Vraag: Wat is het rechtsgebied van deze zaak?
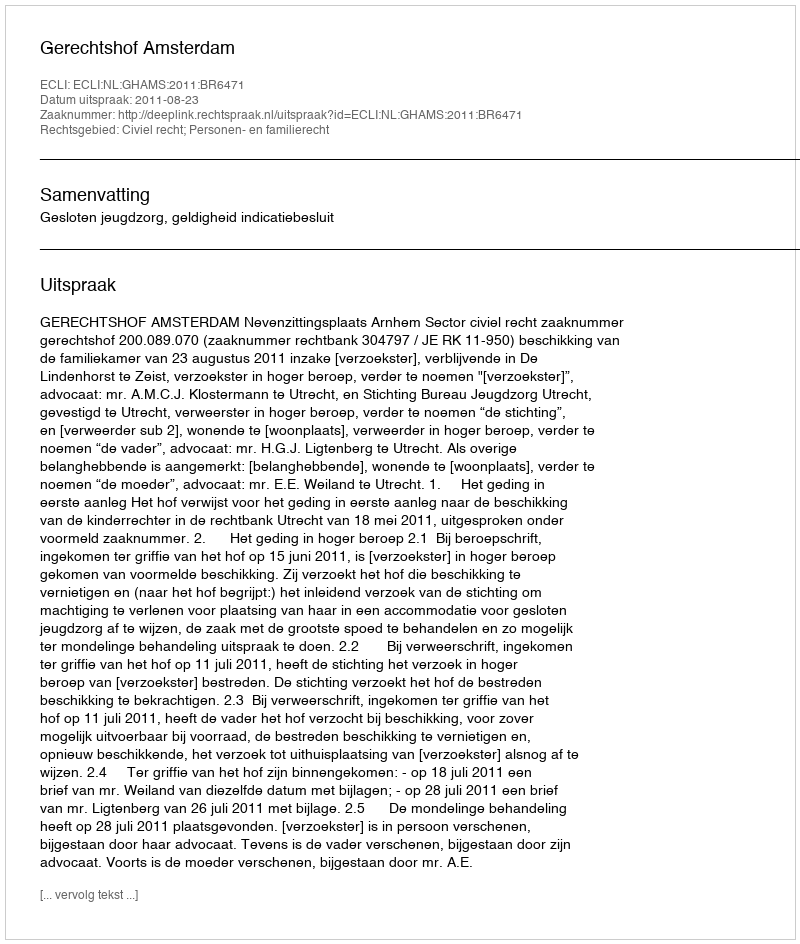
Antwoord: Civiel recht; Personen- en familierecht